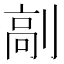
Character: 𠞟